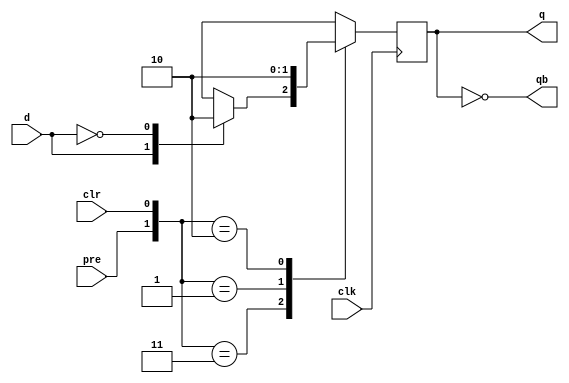
module dff(d,q,qb,clk,pre,clr);
input d , clk , clr , pre;
output q , qb;
wire d , clk , clr , pre ;
reg q , qb;
always @(posedge clk) begin
    case(d)
    1'b1: q = 1'b1;
    1'b0: q = 1'b0;
    default: q = q ;
    endcase
    case({pre,clr})
    {1'b1,1'b1}: q = q;
    {1'b0,1'b1}: q = 1'b1;
    {1'b1,1'b0}: q = 1'b0;
    {1'b0,1'b0}: q = 1'bx;
    default: q = q ;
    endcase
end
assign qb = ~q;
endmodule